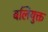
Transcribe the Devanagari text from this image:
बलियुक्त